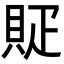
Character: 䝪